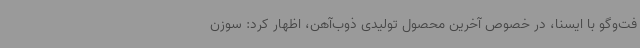
فت‌وگو با ایسنا، در خصوص آخرین محصول تولیدی ذوب‌آهن، اظهار کرد: سوزن